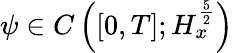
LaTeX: \psi\in C\left([0,T];H_{x}^{\frac{5}{2}}\right)